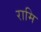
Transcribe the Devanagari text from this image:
रामि